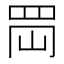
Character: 𦊤